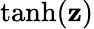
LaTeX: \operatorname{tanh}(\mathbf{z})